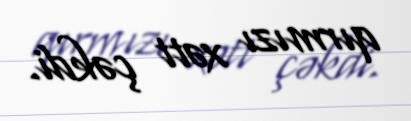
qırmızı xətt çəkdi.